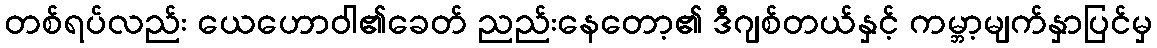
တစ်ရပ်လည်း ယေဟောဝါ၏ခေတ် ညည်းနေတော့၏ ဒီဂျစ်တယ်နှင့် ကမ္ဘာ့မျက်နှာပြင်မှ